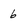
Character: 6